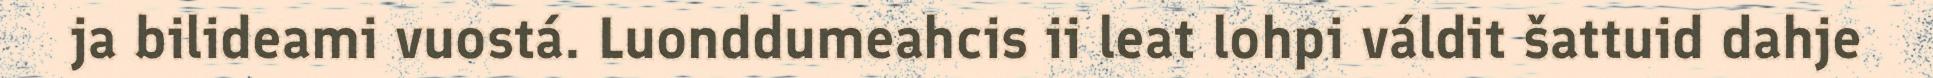
ja bilideami vuostá. Luonddumeahcis ii leat lohpi váldit šattuid dahje